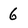
Character: 6